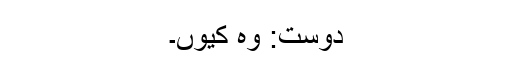
دوست: وہ کیوں۔